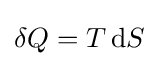
\delta Q=T\,\mathrm {d} S